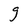
Character: g